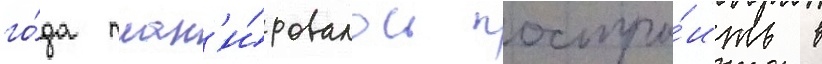
го́да план'и́ровалось постро́ить в